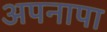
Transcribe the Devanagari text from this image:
अपनापा